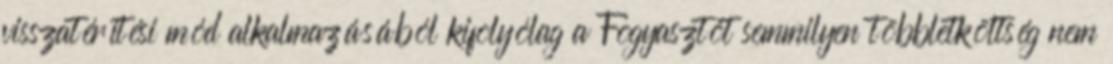
visszatérítési mód alkalmazásából kifolyólag a Fogyasztót semmilyen többletköltség nem